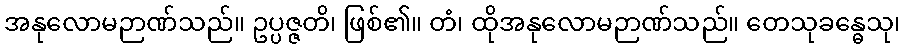
အနုလောမဉာဏ်သည်။ ဥပ္ပဇ္ဇတိ၊ ဖြစ်၏။ တံ၊ ထိုအနုလောမဉာဏ်သည်။ တေသုခန္ဓေသု၊